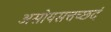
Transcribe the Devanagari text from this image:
असोयसत्तच्छदं